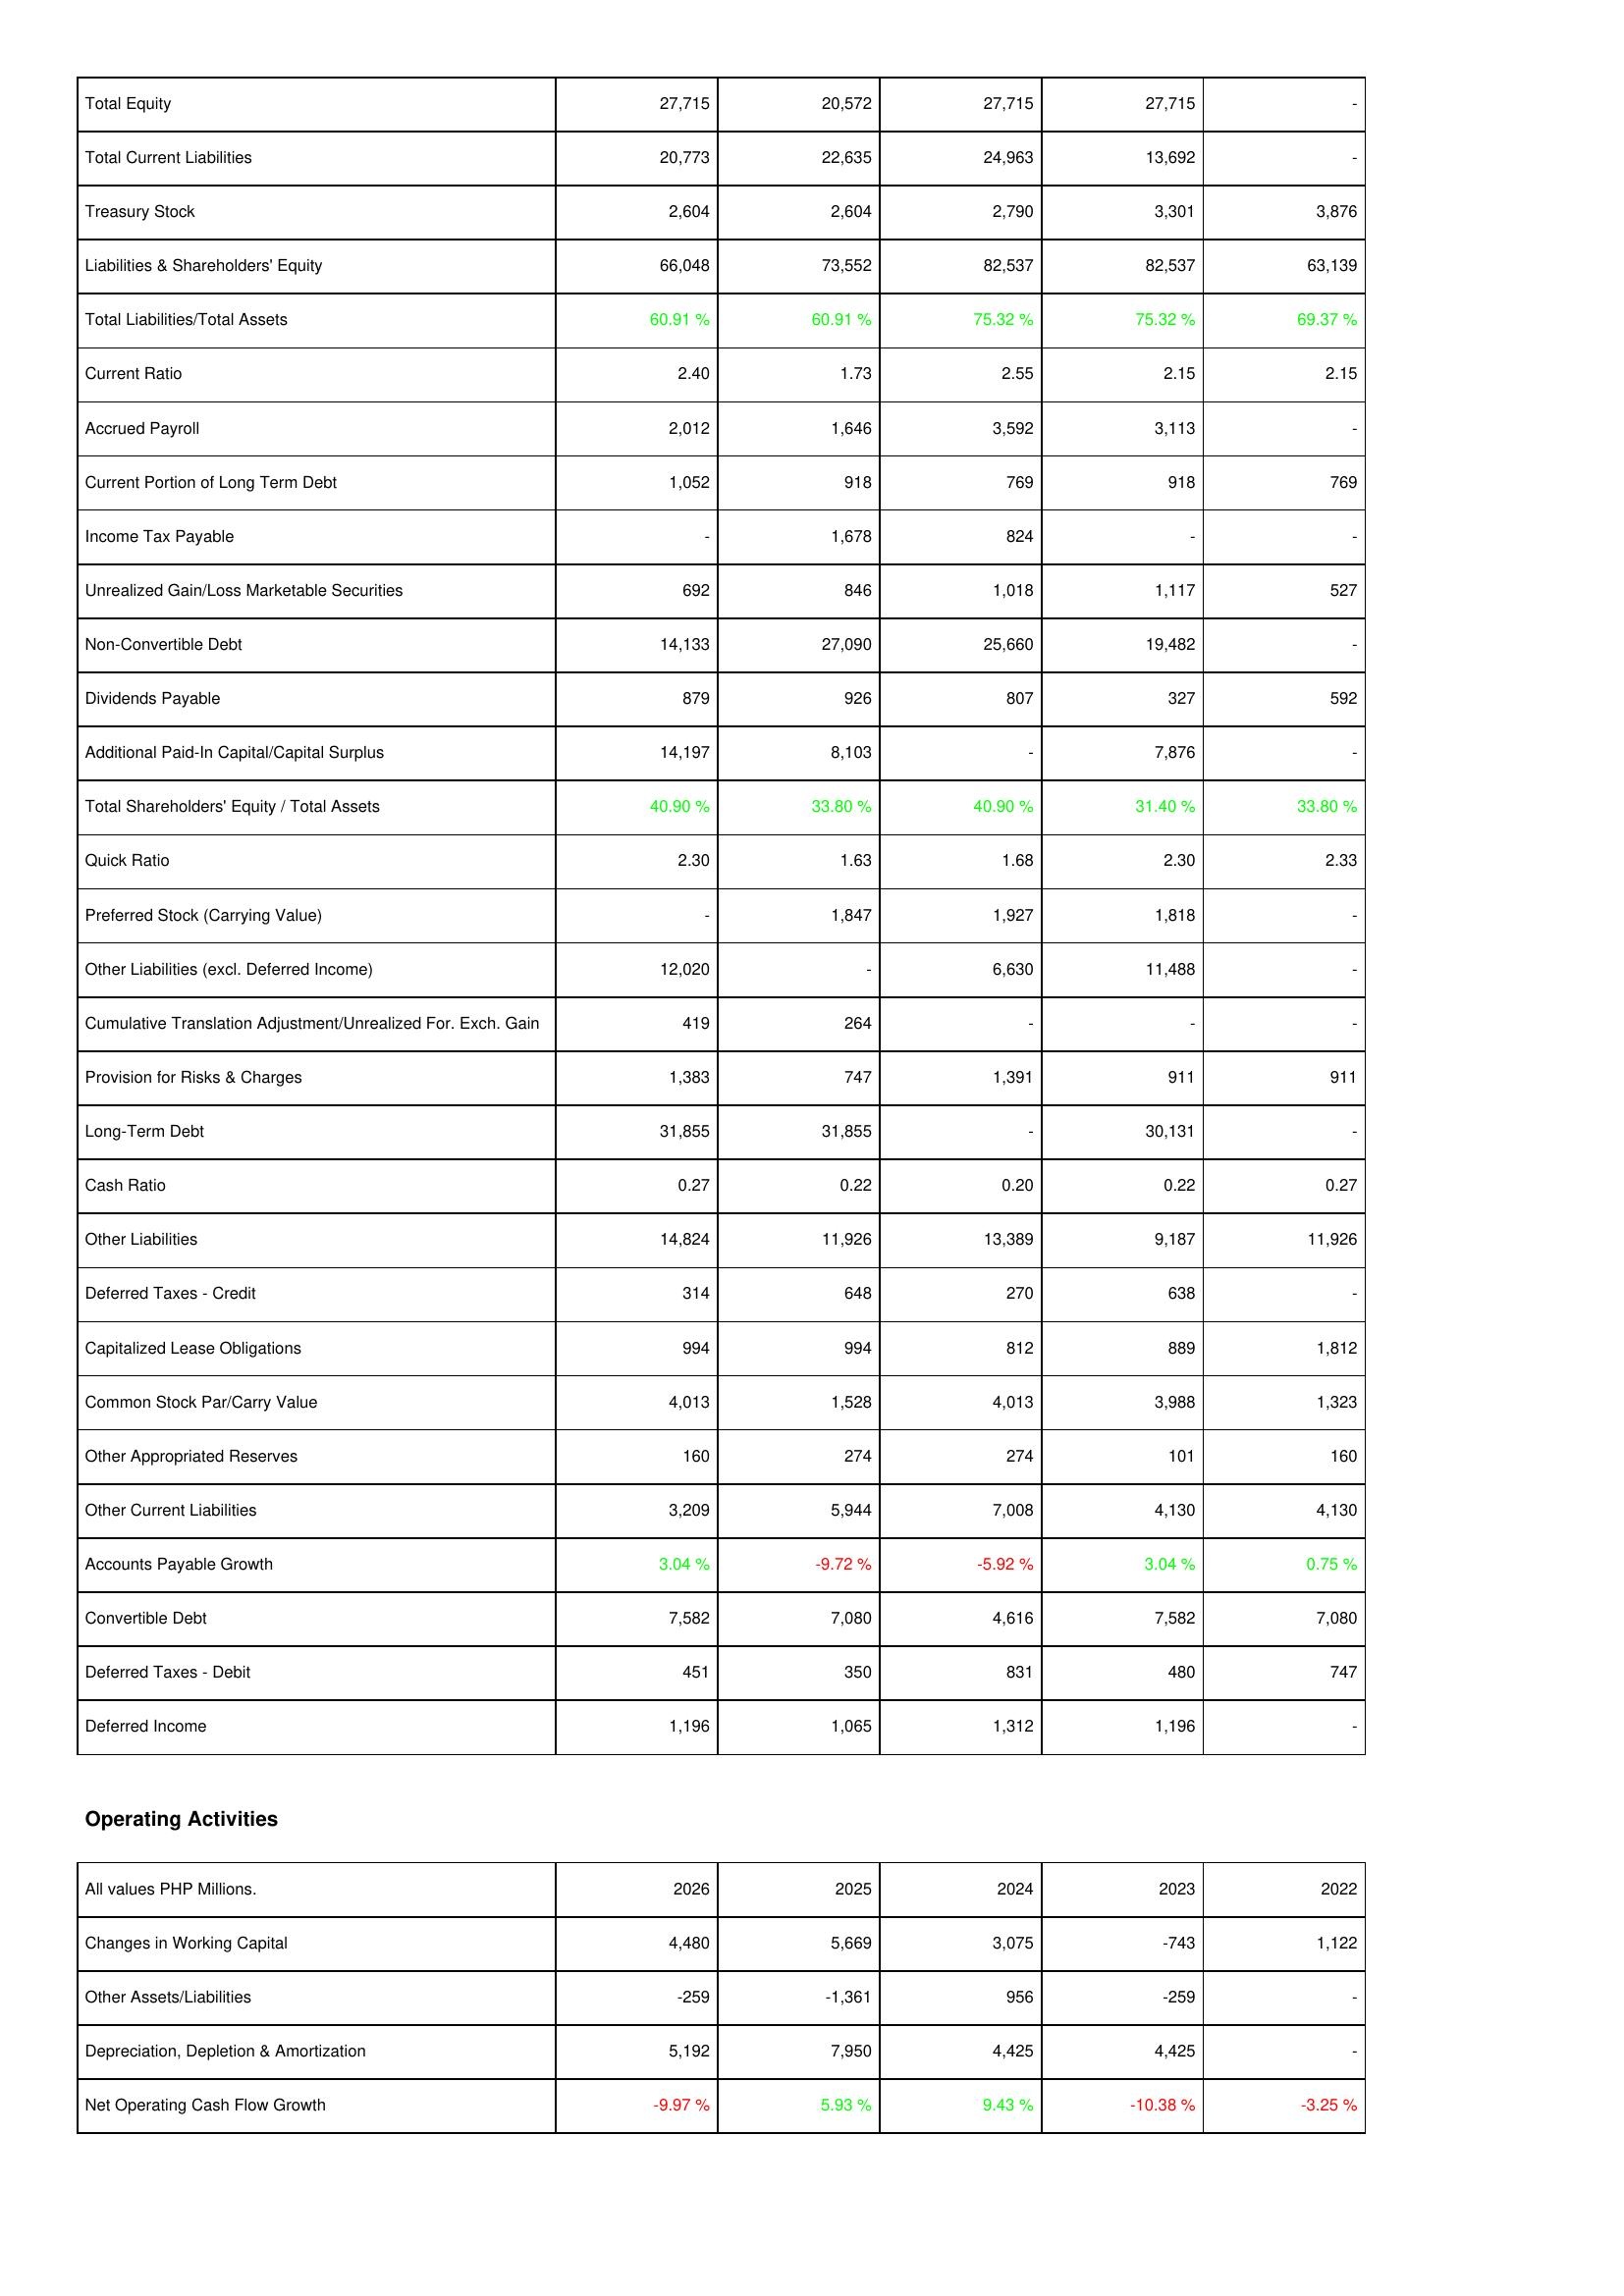
2026: Liabilities & Shareholders' Equity: Total Equity: 27,715
Total Current Liabilities: 20,773
Treasury Stock: 2,604
Liabilities & Shareholders' Equity: 66,048
Total Liabilities/Total Assets: 60.91 %
Current Ratio: 2.40
Accrued Payroll: 2,012
Current Portion of Long Term Debt: 1,052
Income Tax Payable: -
Unrealized Gain/Loss Marketable Securities: 692
Non-Convertible Debt: 14,133
Dividends Payable: 879
Additional Paid-In Capital/Capital Surplus: 14,197
Total Shareholders' Equity / Total Assets: 40.90 %
Quick Ratio: 2.30
Preferred Stock (Carrying Value): -
Other Liabilities (excl. Deferred Income): 12,020
Cumulative Translation Adjustment/Unrealized For. Exch. Gain: 419
Provision for Risks & Charges: 1,383
Long-Term Debt: 31,855
Cash Ratio: 0.27
Other Liabilities: 14,824
Deferred Taxes - Credit: 314
Capitalized Lease Obligations: 994
Common Stock Par/Carry Value: 4,013
Other Appropriated Reserves: 160
Other Current Liabilities: 3,209
Accounts Payable Growth: 3.04 %
Convertible Debt: 7,582
Deferred Taxes - Debit: 451
Deferred Income: 1,196
Operating Activities: Changes in Working Capital: 4,480
Other Assets/Liabilities: -259
Depreciation, Depletion & Amortization: 5,192
Net Operating Cash Flow Growth: -9.97 %
2025: Liabilities & Shareholders' Equity: Total Equity: 20,572
Total Current Liabilities: 22,635
Treasury Stock: 2,604
Liabilities & Shareholders' Equity: 73,552
Total Liabilities/Total Assets: 60.91 %
Current Ratio: 1.73
Accrued Payroll: 1,646
Current Portion of Long Term Debt: 918
Income Tax Payable: 1,678
Unrealized Gain/Loss Marketable Securities: 846
Non-Convertible Debt: 27,090
Dividends Payable: 926
Additional Paid-In Capital/Capital Surplus: 8,103
Total Shareholders' Equity / Total Assets: 33.80 %
Quick Ratio: 1.63
Preferred Stock (Carrying Value): 1,847
Other Liabilities (excl. Deferred Income): -
Cumulative Translation Adjustment/Unrealized For. Exch. Gain: 264
Provision for Risks & Charges: 747
Long-Term Debt: 31,855
Cash Ratio: 0.22
Other Liabilities: 11,926
Deferred Taxes - Credit: 648
Capitalized Lease Obligations: 994
Common Stock Par/Carry Value: 1,528
Other Appropriated Reserves: 274
Other Current Liabilities: 5,944
Accounts Payable Growth: -9.72 %
Convertible Debt: 7,080
Deferred Taxes - Debit: 350
Deferred Income: 1,065
Operating Activities: Changes in Working Capital: 5,669
Other Assets/Liabilities: -1,361
Depreciation, Depletion & Amortization: 7,950
Net Operating Cash Flow Growth: 5.93 %
2024: Liabilities & Shareholders' Equity: Total Equity: 27,715
Total Current Liabilities: 24,963
Treasury Stock: 2,790
Liabilities & Shareholders' Equity: 82,537
Total Liabilities/Total Assets: 75.32 %
Current Ratio: 2.55
Accrued Payroll: 3,592
Current Portion of Long Term Debt: 769
Income Tax Payable: 824
Unrealized Gain/Loss Marketable Securities: 1,018
Non-Convertible Debt: 25,660
Dividends Payable: 807
Additional Paid-In Capital/Capital Surplus: -
Total Shareholders' Equity / Total Assets: 40.90 %
Quick Ratio: 1.68
Preferred Stock (Carrying Value): 1,927
Other Liabilities (excl. Deferred Income): 6,630
Cumulative Translation Adjustment/Unrealized For. Exch. Gain: -
Provision for Risks & Charges: 1,391
Long-Term Debt: -
Cash Ratio: 0.20
Other Liabilities: 13,389
Deferred Taxes - Credit: 270
Capitalized Lease Obligations: 812
Common Stock Par/Carry Value: 4,013
Other Appropriated Reserves: 274
Other Current Liabilities: 7,008
Accounts Payable Growth: -5.92 %
Convertible Debt: 4,616
Deferred Taxes - Debit: 831
Deferred Income: 1,312
Operating Activities: Changes in Working Capital: 3,075
Other Assets/Liabilities: 956
Depreciation, Depletion & Amortization: 4,425
Net Operating Cash Flow Growth: 9.43 %
2023: Liabilities & Shareholders' Equity: Total Equity: 27,715
Total Current Liabilities: 13,692
Treasury Stock: 3,301
Liabilities & Shareholders' Equity: 82,537
Total Liabilities/Total Assets: 75.32 %
Current Ratio: 2.15
Accrued Payroll: 3,113
Current Portion of Long Term Debt: 918
Income Tax Payable: -
Unrealized Gain/Loss Marketable Securities: 1,117
Non-Convertible Debt: 19,482
Dividends Payable: 327
Additional Paid-In Capital/Capital Surplus: 7,876
Total Shareholders' Equity / Total Assets: 31.40 %
Quick Ratio: 2.30
Preferred Stock (Carrying Value): 1,818
Other Liabilities (excl. Deferred Income): 11,488
Cumulative Translation Adjustment/Unrealized For. Exch. Gain: -
Provision for Risks & Charges: 911
Long-Term Debt: 30,131
Cash Ratio: 0.22
Other Liabilities: 9,187
Deferred Taxes - Credit: 638
Capitalized Lease Obligations: 889
Common Stock Par/Carry Value: 3,988
Other Appropriated Reserves: 101
Other Current Liabilities: 4,130
Accounts Payable Growth: 3.04 %
Convertible Debt: 7,582
Deferred Taxes - Debit: 480
Deferred Income: 1,196
Operating Activities: Changes in Working Capital: -743
Other Assets/Liabilities: -259
Depreciation, Depletion & Amortization: 4,425
Net Operating Cash Flow Growth: -10.38 %
2022: Liabilities & Shareholders' Equity: Total Equity: -
Total Current Liabilities: -
Treasury Stock: 3,876
Liabilities & Shareholders' Equity: 63,139
Total Liabilities/Total Assets: 69.37 %
Current Ratio: 2.15
Accrued Payroll: -
Current Portion of Long Term Debt: 769
Income Tax Payable: -
Unrealized Gain/Loss Marketable Securities: 527
Non-Convertible Debt: -
Dividends Payable: 592
Additional Paid-In Capital/Capital Surplus: -
Total Shareholders' Equity / Total Assets: 33.80 %
Quick Ratio: 2.33
Preferred Stock (Carrying Value): -
Other Liabilities (excl. Deferred Income): -
Cumulative Translation Adjustment/Unrealized For. Exch. Gain: -
Provision for Risks & Charges: 911
Long-Term Debt: -
Cash Ratio: 0.27
Other Liabilities: 11,926
Deferred Taxes - Credit: -
Capitalized Lease Obligations: 1,812
Common Stock Par/Carry Value: 1,323
Other Appropriated Reserves: 160
Other Current Liabilities: 4,130
Accounts Payable Growth: 0.75 %
Convertible Debt: 7,080
Deferred Taxes - Debit: 747
Deferred Income: -
Operating Activities: Changes in Working Capital: 1,122
Other Assets/Liabilities: -
Depreciation, Depletion & Amortization: -
Net Operating Cash Flow Growth: -3.25 %